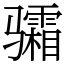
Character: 骦